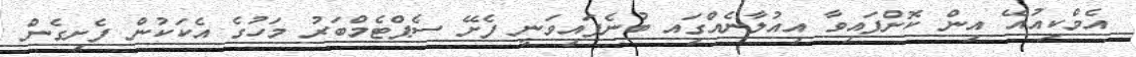
އެމްކިއުއޭ އިން ކޮށްފައިވާ އިއުލާނެއްގަިއ ބުނެފައިވަނީ ފެށޭ ސެޕްޓެމްބަރު މަހުގެ އެކަކުން ފެށިގެން